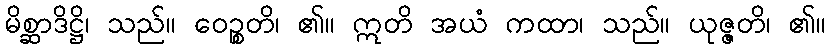
မိစ္ဆာဒိဋ္ဌိ၊ သည်။ ဝေဉ္စတိ၊ ၏။ ဣတိ အယံ ကထာ၊ သည်။ ယုဇ္ဇတိ၊ ၏။